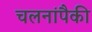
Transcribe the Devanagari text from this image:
चलनांपैकी